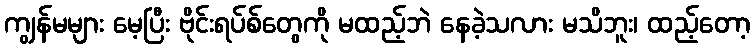
ကျွန်မများ မေ့ပြီး ဗိုင်းရပ်စ်တွေကို မထည့်ဘဲ နေခဲ့သလား မသိဘူး၊ ထည့်တော့